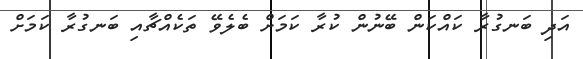
އަދި ބަނގުރާ ކައްކަން ބޭނުން ކުރާ ކަމަށް ބެލެވޭ ތަކެއްޗާއި ބަނގުރާ ކަމަށް